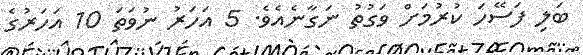
ބަލި ފަސޭހަ ކުރުމަށް ވަގުތު ނަގާނެއެވެ. 5 އަަހަރު ނުވަތަ 10 އަހަރުގެ